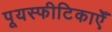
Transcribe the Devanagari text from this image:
पूयस्फीटिकाएँ